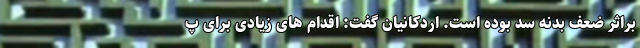
براثر ضعف بدنه سد بوده است. اردکانیان گفت: اقدام های زیادی برای پ